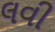
લવી